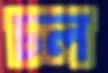
ঢল